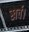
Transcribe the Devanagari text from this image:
खर्च।